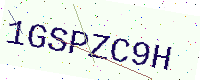
Text: 1GSPZC9H